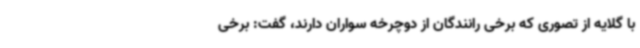
با گلایه از تصوری که برخی رانندگان از دوچرخه سواران دارند، گفت: برخی